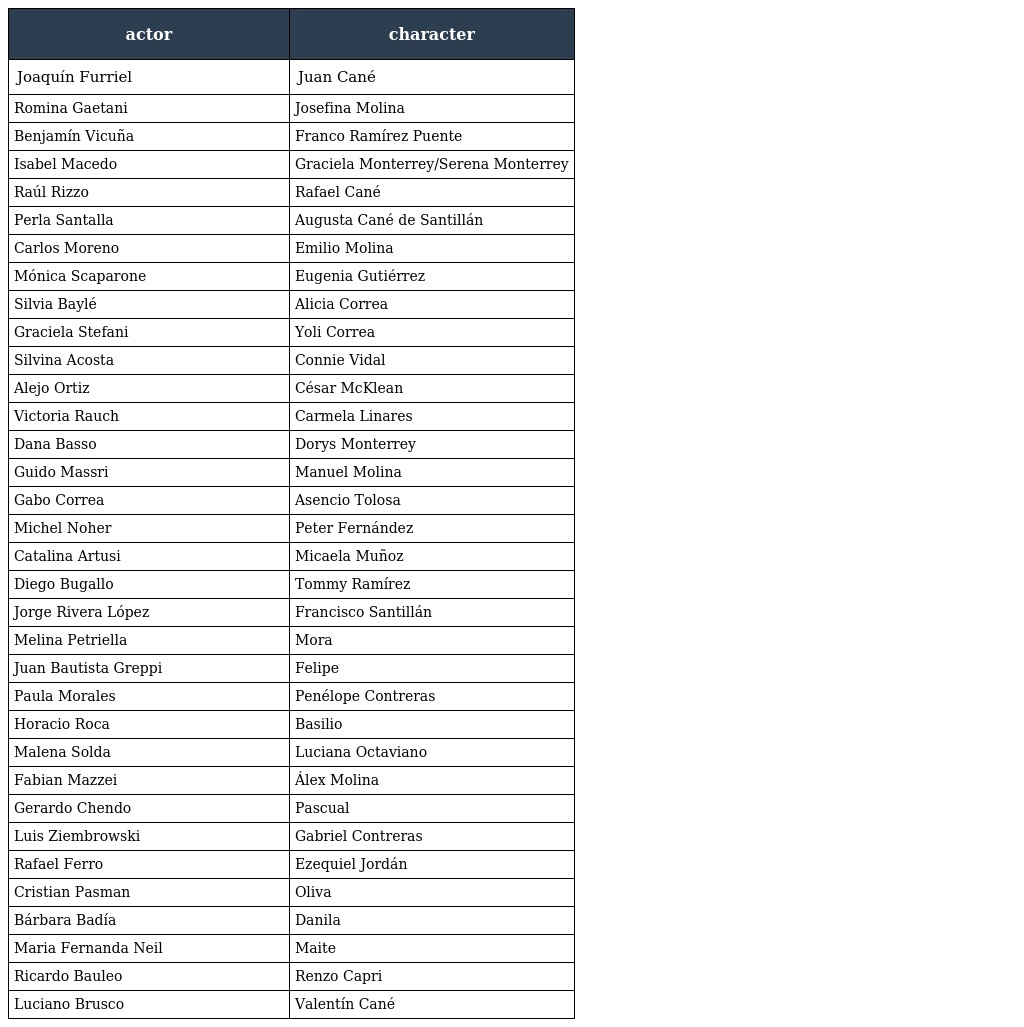
| actor | character |
 | --- | --- |
 | Joaquín Furriel | Juan Cané |
 | Romina Gaetani | Josefina Molina |
 | Benjamín Vicuña | Franco Ramírez Puente |
 | Isabel Macedo | Graciela Monterrey/Serena Monterrey |
 | Raúl Rizzo | Rafael Cané |
 | Perla Santalla | Augusta Cané de Santillán |
 | Carlos Moreno | Emilio Molina |
 | Mónica Scaparone | Eugenia Gutiérrez |
 | Silvia Baylé | Alicia Correa |
 | Graciela Stefani | Yoli Correa |
 | Silvina Acosta | Connie Vidal |
 | Alejo Ortiz | César McKlean |
 | Victoria Rauch | Carmela Linares |
 | Dana Basso | Dorys Monterrey |
 | Guido Massri | Manuel Molina |
 | Gabo Correa | Asencio Tolosa |
 | Michel Noher | Peter Fernández |
 | Catalina Artusi | Micaela Muñoz |
 | Diego Bugallo | Tommy Ramírez |
 | Jorge Rivera López | Francisco Santillán |
 | Melina Petriella | Mora |
 | Juan Bautista Greppi | Felipe |
 | Paula Morales | Penélope Contreras |
 | Horacio Roca | Basilio |
 | Malena Solda | Luciana Octaviano |
 | Fabian Mazzei | Álex Molina |
 | Gerardo Chendo | Pascual |
 | Luis Ziembrowski | Gabriel Contreras |
 | Rafael Ferro | Ezequiel Jordán |
 | Cristian Pasman | Oliva |
 | Bárbara Badía | Danila |
 | Maria Fernanda Neil | Maite |
 | Ricardo Bauleo | Renzo Capri |
 | Luciano Brusco | Valentín Cané |